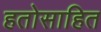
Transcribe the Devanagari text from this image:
हतोसाहित